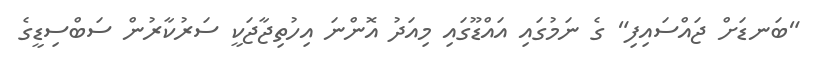
"ބަނޑަށް ޖައްސައިފި" ގެ ނަމުގައި އައްޑޫގައި މިއަދު އޮންނަ އިހުތިޖާޖަކީ ސަރުކާރުން ސަބްސިޑީގެ